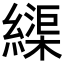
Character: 𦄽